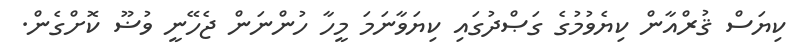
ކިޔަސް ޤުރްއާން ކިޔެވުމުގެ ގަޞްދުގައި ކިޔަވާނަމަ މީހާ ހުންނަން ޖެހޭނީ ވުޟޫ ކޮށްގެން.